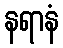
နရာနံ